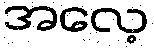
အလေ့